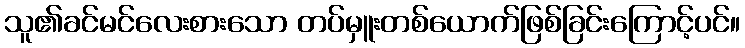
သူ၏ခင်မင်လေးစားသော တပ်မှူးတစ်ယောက်ဖြစ်ခြင်းကြောင့်ပင်။